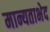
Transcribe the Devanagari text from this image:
मान्यताभेद